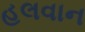
હલવાન